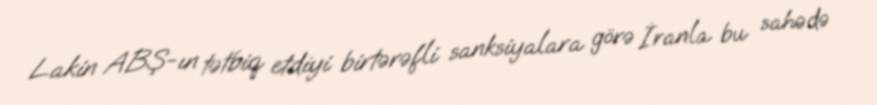
Lakin ABŞ-ın tətbiq etdiyi birtərəfli sanksiyalara görə İranla bu sahədə